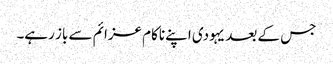
جس کے بعد یہودی اپنے ناکام عزائم سے باز رہے۔